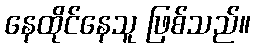
နေထိုင်နေသူ ဖြစ်သည်။